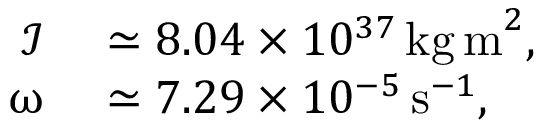
\begin{array} { r l } { \mathcal { I } } & { { } \simeq 8 . 0 4 \times 1 0 ^ { 3 7 } \, \mathrm { k g \, m } ^ { 2 } , } \\ { \upomega } & { { } \simeq 7 . 2 9 \times 1 0 ^ { - 5 } \, \mathrm { s } ^ { - 1 } , } \end{array}